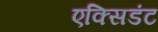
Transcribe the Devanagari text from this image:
एक्सिडंट